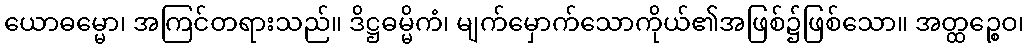
ယောဓမ္မော၊ အကြင်တရားသည်။ ဒိဋ္ဌဓမ္မိကံ၊ မျက်မှောက်သောကိုယ်၏အဖြစ်၌ဖြစ်သော။ အတ္ထဉ္စေဝ၊